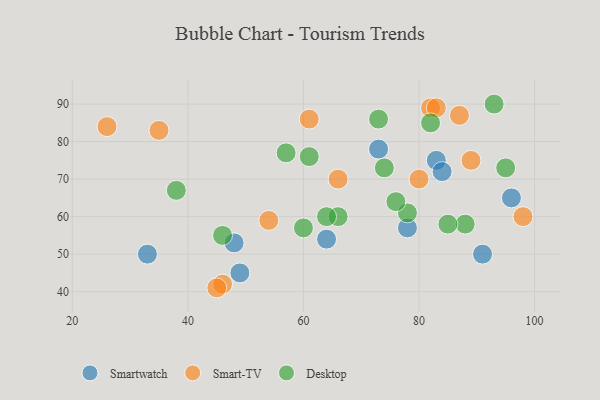
{"axis": {"x": "GDP", "y": "Life Expectancy"}, "legend": ["Desktop", "Smart-TV", "Smartwatch"], "data": [{"x": "83", "y": 75, "type": "Smartwatch"}, {"x": "48", "y": 53, "type": "Smartwatch"}, {"x": "33", "y": 50, "type": "Smartwatch"}, {"x": "73", "y": 78, "type": "Smartwatch"}, {"x": "49", "y": 45, "type": "Smartwatch"}, {"x": "84", "y": 72, "type": "Smartwatch"}, {"x": "91", "y": 50, "type": "Smartwatch"}, {"x": "64", "y": 54, "type": "Smartwatch"}, {"x": "96", "y": 65, "type": "Smartwatch"}, {"x": "78", "y": 57, "type": "Smartwatch"}, {"x": "87", "y": 87, "type": "Smart-TV"}, {"x": "35", "y": 83, "type": "Smart-TV"}, {"x": "82", "y": 89, "type": "Smart-TV"}, {"x": "98", "y": 60, "type": "Smart-TV"}, {"x": "54", "y": 59, "type": "Smart-TV"}, {"x": "66", "y": 70, "type": "Smart-TV"}, {"x": "46", "y": 42, "type": "Smart-TV"}, {"x": "89", "y": 75, "type": "Smart-TV"}, {"x": "83", "y": 89, "type": "Smart-TV"}, {"x": "80", "y": 70, "type": "Smart-TV"}, {"x": "61", "y": 86, "type": "Smart-TV"}, {"x": "26", "y": 84, "type": "Smart-TV"}, {"x": "45", "y": 41, "type": "Smart-TV"}, {"x": "88", "y": 58, "type": "Desktop"}, {"x": "78", "y": 61, "type": "Desktop"}, {"x": "66", "y": 60, "type": "Desktop"}, {"x": "93", "y": 90, "type": "Desktop"}, {"x": "74", "y": 73, "type": "Desktop"}, {"x": "61", "y": 76, "type": "Desktop"}, {"x": "38", "y": 67, "type": "Desktop"}, {"x": "85", "y": 58, "type": "Desktop"}, {"x": "57", "y": 77, "type": "Desktop"}, {"x": "60", "y": 57, "type": "Desktop"}, {"x": "64", "y": 60, "type": "Desktop"}, {"x": "73", "y": 86, "type": "Desktop"}, {"x": "46", "y": 55, "type": "Desktop"}, {"x": "76", "y": 64, "type": "Desktop"}, {"x": "82", "y": 85, "type": "Desktop"}, {"x": "95", "y": 73, "type": "Desktop"}]}